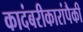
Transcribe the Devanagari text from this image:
कादंबरीकारांपैकी